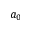
a _ { 0 }